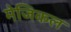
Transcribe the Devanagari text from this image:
मेजिकल